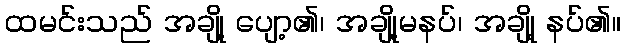
ထမင်းသည် အချို့ ပျော့၏၊ အချို့မနပ်၊ အချို့ နပ်၏။